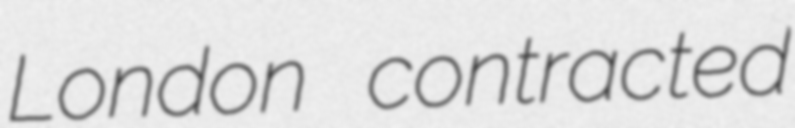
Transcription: London contracted